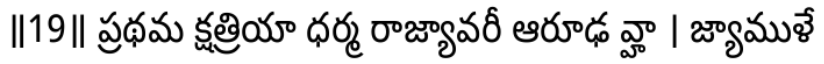
॥19॥ ప్రథమ క్షత్రియా ధర్మ రాజ్యావరీ ఆరూఢ వ్హా । జ్యాముళే